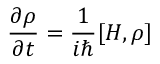
{ \frac { \partial \rho } { \partial t } } = { \frac { 1 } { i \hbar } } [ H , \rho ]